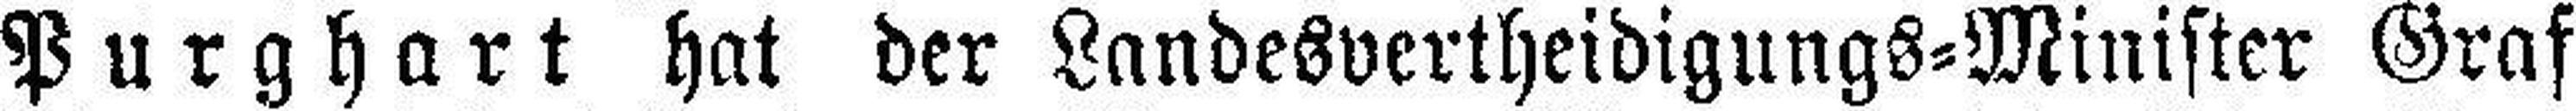
Purghart hat der Landesvertheidigungs=Minister Graf